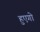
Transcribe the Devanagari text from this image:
हुएगो